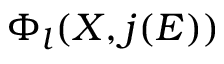
\Phi _ { l } ( X , j ( E ) )